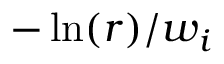
- \ln ( r ) / w _ { i }